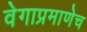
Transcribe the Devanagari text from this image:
वेगाप्रमाणेच